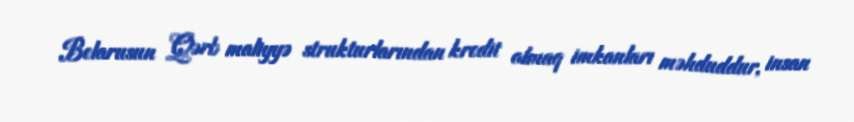
Belarusun Qərb maliyyə strukturlarından kredit almaq imkanları məhduddur, insan